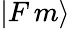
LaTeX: |F\, m\rangle